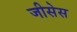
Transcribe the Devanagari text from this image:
जीसेस